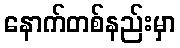
နောက်တစ်နည်းမှာ